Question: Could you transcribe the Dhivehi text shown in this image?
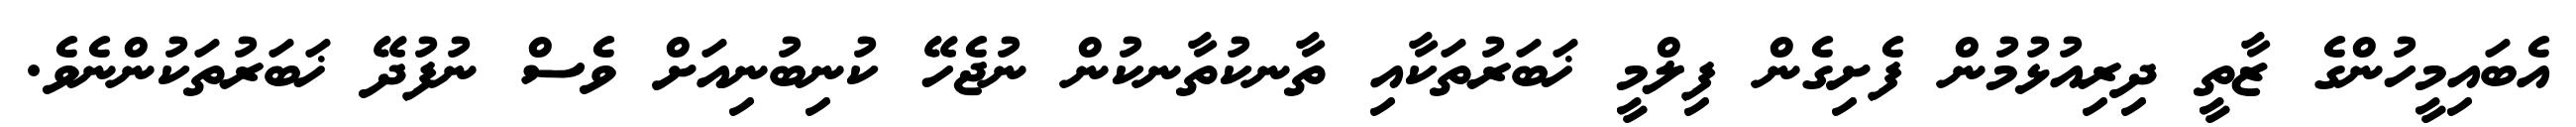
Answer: އެބައިމީހުންގެ ޒާތީ ދިރިއުޅުމުން ފެށިގެން ފިލްމީ ޚަބަރުތަކާއި ތާނކުތާނކުން ނުޖެހޭ ކުނިބުނިއަށް ވެސް ނުފުދޭ ޚަބަރުތަކުންނެވެ.